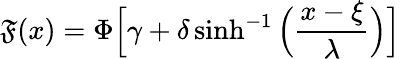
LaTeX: \mathfrak{F}(x)=\Phi{\Big[}\gamma+\delta\sinh^{-1}{\Big(}{\frac{{x-\xi}}{{\lambda}}}{\Big)}{\Big]}